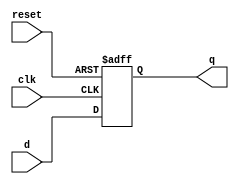
module edge_triggered_latch (
    input wire clk,      // clock signal
    input wire reset,    // asynchronous reset signal
    input wire d,        // input data
    output reg q         // output data
);

// edge-triggered flip-flop
always @(posedge clk or negedge reset) begin
    if (!reset) begin
        q <= 1'b0;     // reset the latch
    end else begin
        q <= d;         // store input data on clock edge
    end
end

endmodule